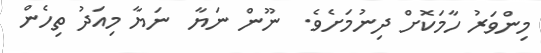
މިންވަރު ހާމަކޮށް ދިނުމަށެވެ.  ނޫން ނަޔާ  ނަޔާ މިއަދު ތިހެން